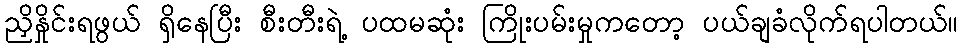
ညှိနှိုင်းရဖွယ် ရှိနေပြီး စီးတီးရဲ့ ပထမဆုံး ကြိုးပမ်းမှုကတော့ ပယ်ချခံလိုက်ရပါတယ်။